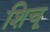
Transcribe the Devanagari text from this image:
शिचू